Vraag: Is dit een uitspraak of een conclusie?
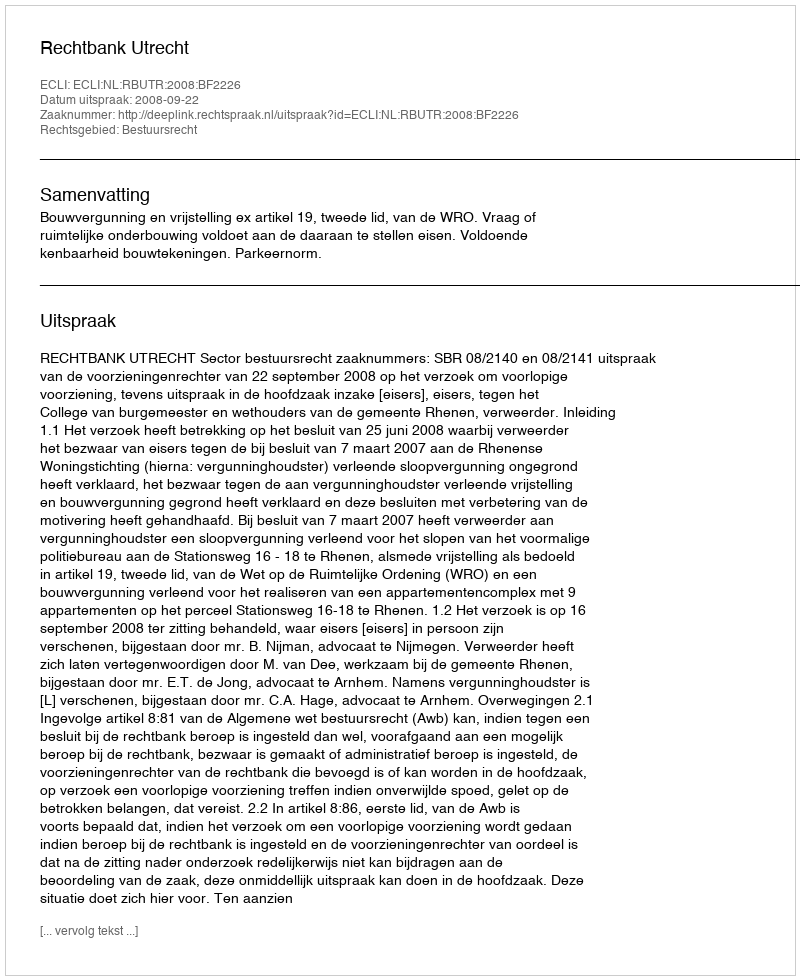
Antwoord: Uitspraak